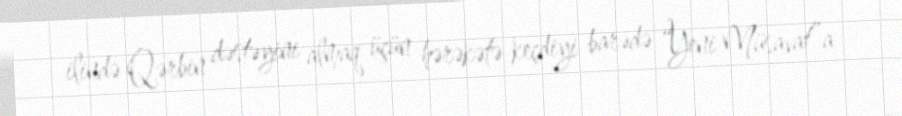
ilində Qərbin dəstəyini almaq üçün hərəkətə keçdiyi barədə “Yeni Müsavat”a